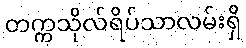
တက္ကသိုလ်ရိပ်သာလမ်းရှိ